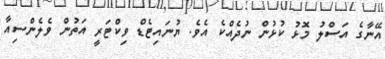
އޭނާގެ އަސްލު މޮޅު ކުޅުން ނުދެއްކެ އެވެ. ޔުނައިޓެޑް ވިކްޓަރީ އަތުން ވެލެންސިއާ